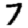
Digit: 7